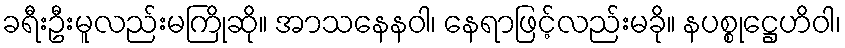
ခရီးဦးမူလည်းမကြိုဆို။ အာသနေနဝါ၊ နေရာဖြင့်လည်းမခို။ နပစ္စုဋ္ဌေဟိဝါ၊